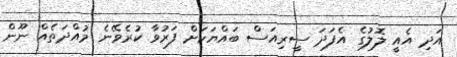
އަދި އެއީ ލޮލުގެ އެފަދަ ސީރިއަސް ބައްޔަކަށް ފަރުވާ ކުރެވޭނެ މުއްދަތެއް ނޫން